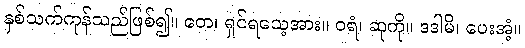
နှစ်သက်ကုန်သည်ဖြစ်၍။ တေ၊ ရှင်ရသေ့အား။ ဝရံ၊ ဆုကို။ ဒဒါမိ၊ ပေးအံ့။